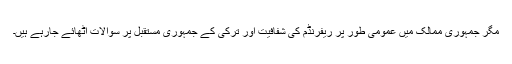
مگر جمہوری ممالک میں عمومی طور پر ریفرنڈم کی شفافیت اور ترکی کے جمہوری مستقبل پر سوالات اٹھائے جارہے ہیں۔